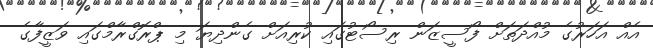
އެއް އަހަރުގެ މުއްދަތަށް ފޯސީޒަން ރިސޯޓުގައި ކުރިއަށް ގެންދިޔަ މި ޕްރޮގްރާމްގައި ވަޒީފާގެ